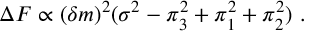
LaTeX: \Delta F \propto ( \delta m ) ^ { 2 } ( \sigma ^ { 2 } - \pi _ { 3 } ^ { 2 } + \pi _ { 1 } ^ { 2 } + \pi _ { 2 } ^ { 2 } ) ~ .